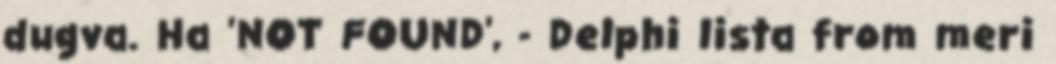
dugva. Ha 'NOT FOUND', - Delphi lista from meri